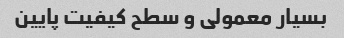
بسیار معمولی و سطح کیفیت پایین